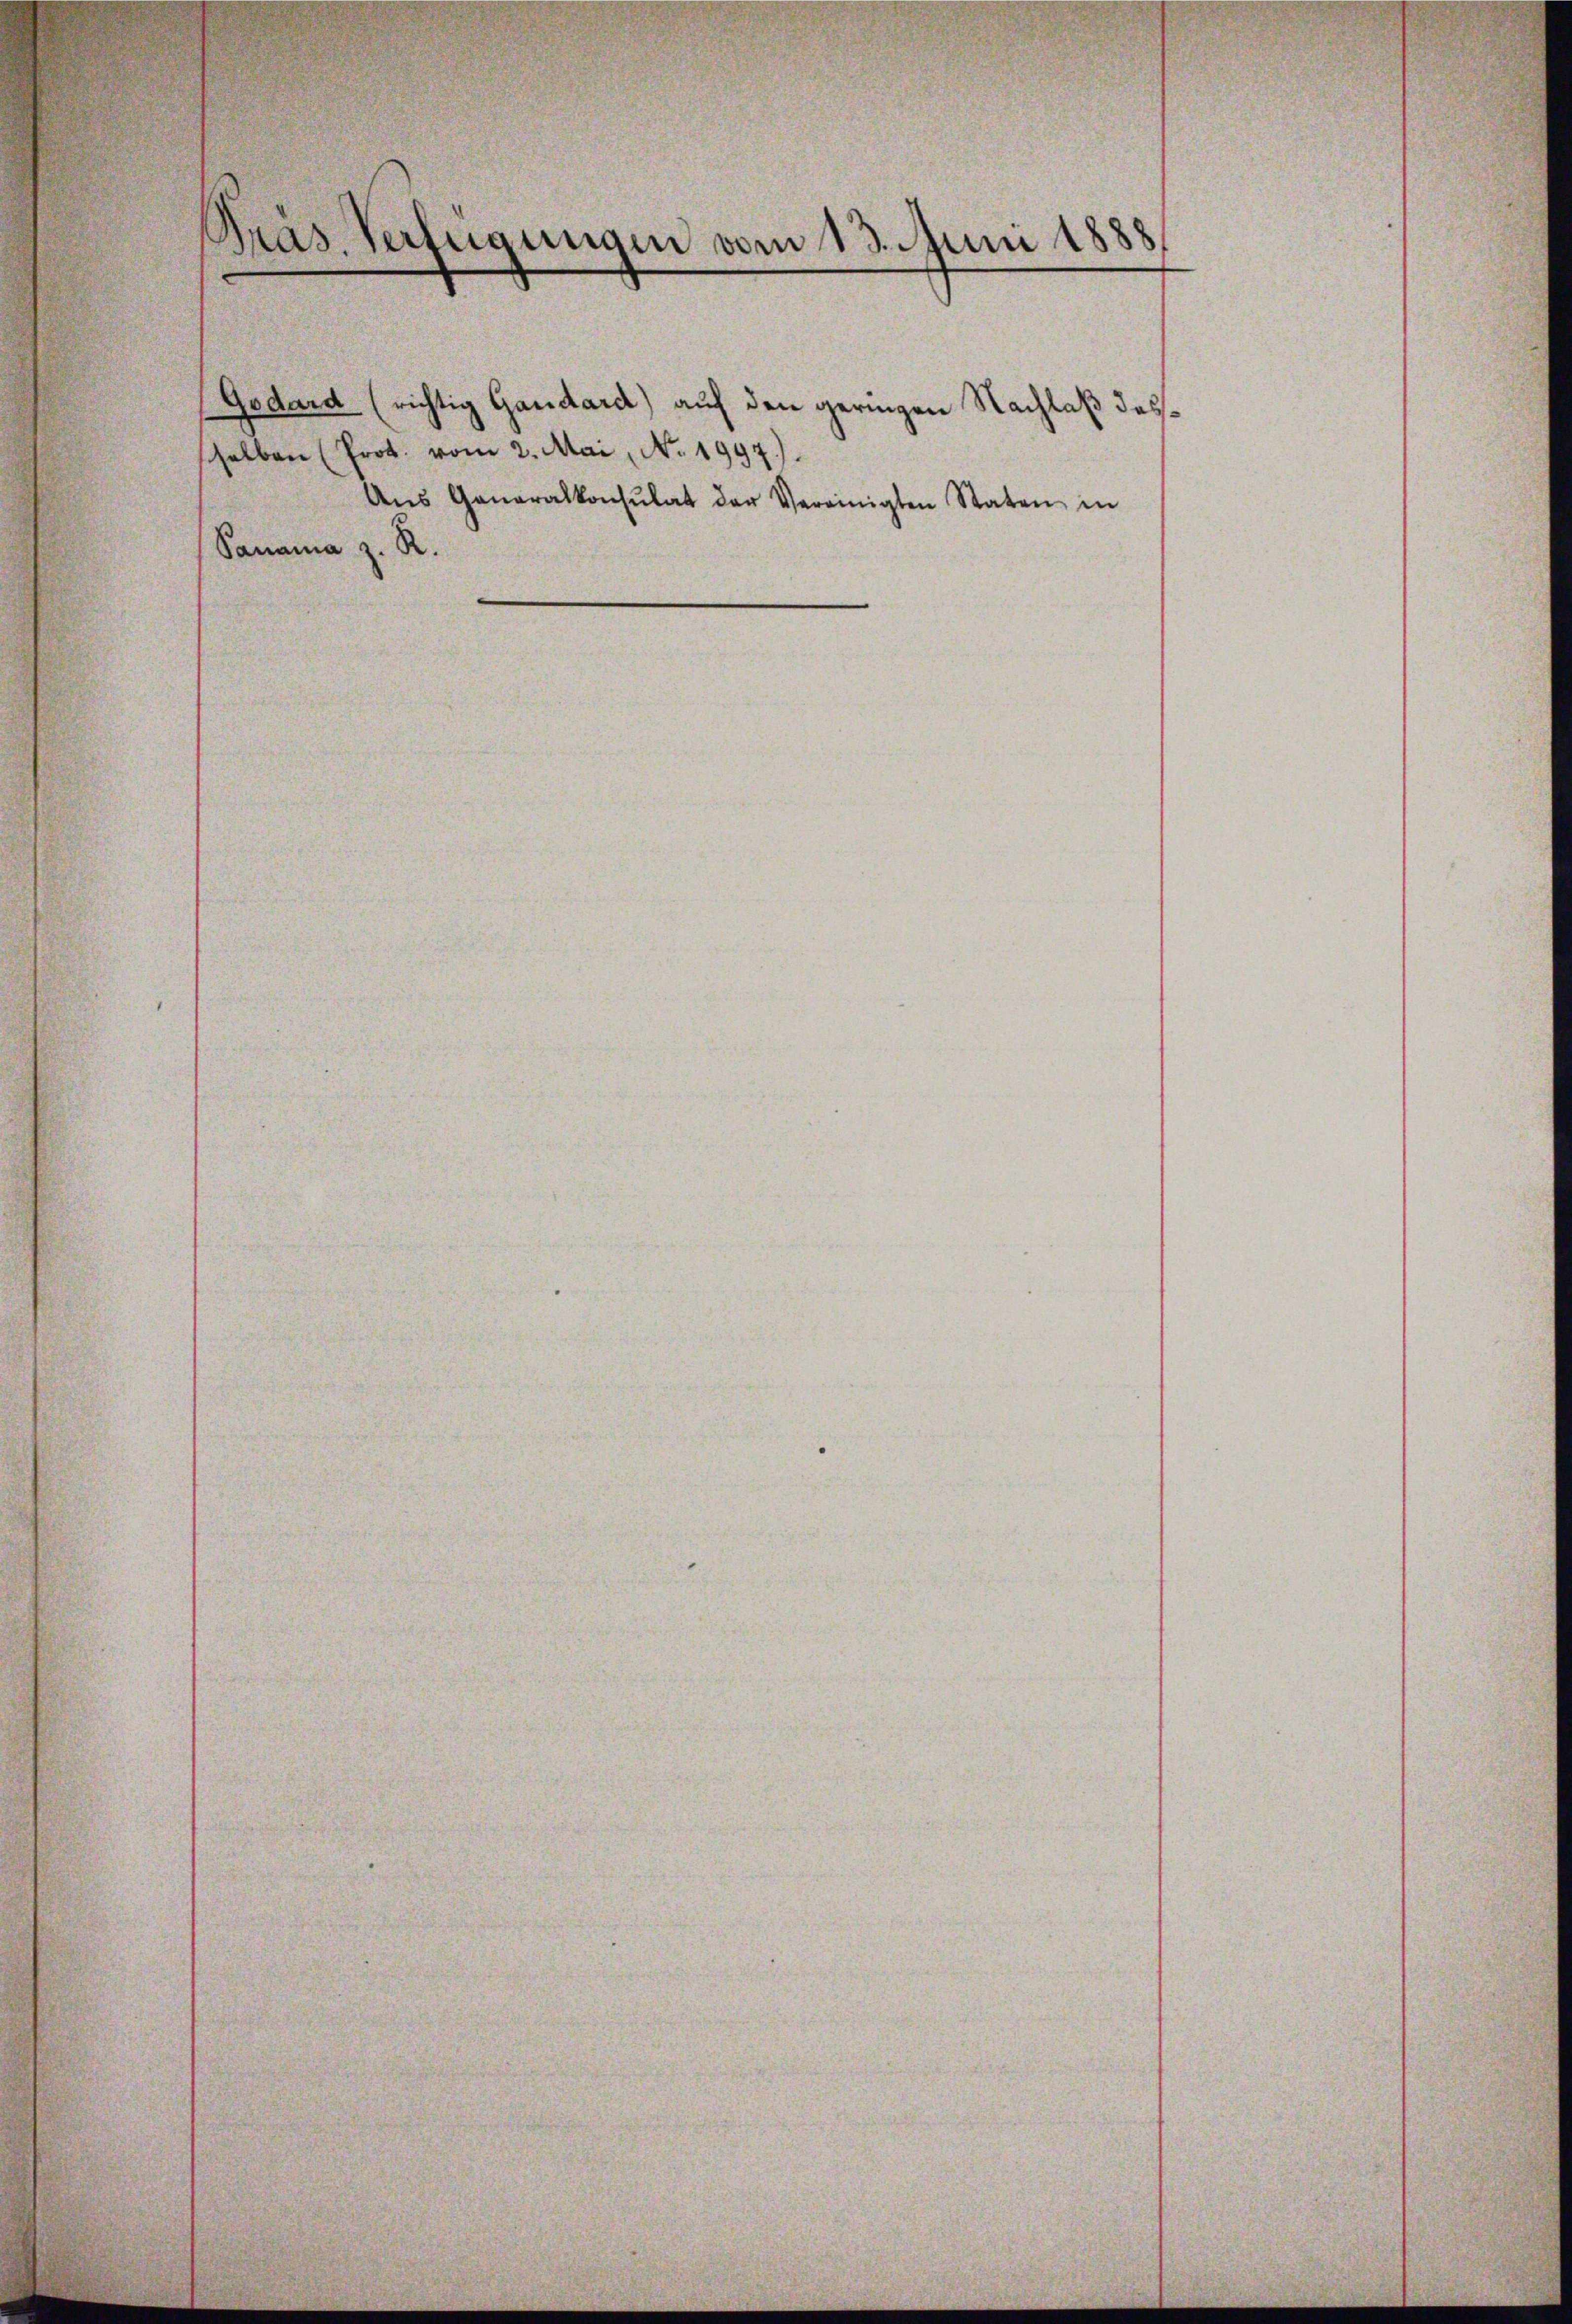
.
.
cas. Verfügungen vom 13. Juni 1888

Godard (richtig Gardard) auf den geringen Nachlaß desselben (Prot. vom 2. Mai, No. 1997).
Ans Generalkonsulat der Vereinigten Staten in
Sam
a z. R.